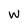
Character: W